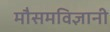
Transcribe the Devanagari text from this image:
मौसमविज्ञानी